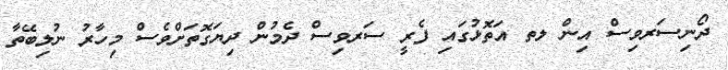
ދޯނިސަރވިސް އިން ލތ އަތޮޅުގައި ފެރީ ސަރވިސް ދެމުން ދިޔަގޮތަށްވެސް މިހާރު ނުލިބޭތާ